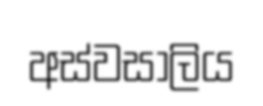
අස්වසාලිය